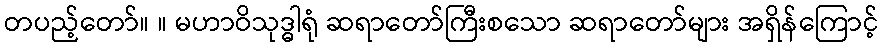
တပည့်တော်။ ။ မဟာဝိသုဒ္ဓါရုံ ဆရာတော်ကြီးစသော ဆရာတော်များ အရှိန်ကြောင့်